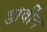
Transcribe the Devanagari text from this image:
डार्वीन